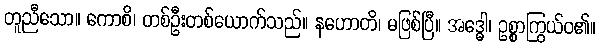
တူညီသော။ ကောစိ၊ တစ်ဦးတစ်ယောက်သည်။ နဟောတိ၊ မဖြစ်ပြီ။ အဒ္ဓေါ၊ ဥစ္စာကြွယ်ဝ၏။